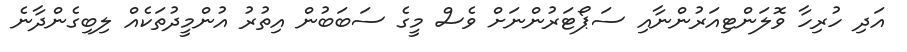
އަދި ހުރިހާ ވޮލަންޓިއަރުންނާއި ސަޕޯޓަރުންނަށް ވެސް މީގެ ސަބަބުން އިތުރު އުންމީދުތަކެއް ލިބިގެންދާނެ